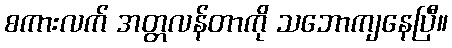
စကားလက် အတ္တလန်တာကို သဘောကျနေပြီ။